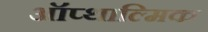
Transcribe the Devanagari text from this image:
ऑप्थाल्मिक